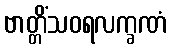
ဗာတ္တိံသဝရလက္ခဏံ